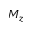
M _ { z }